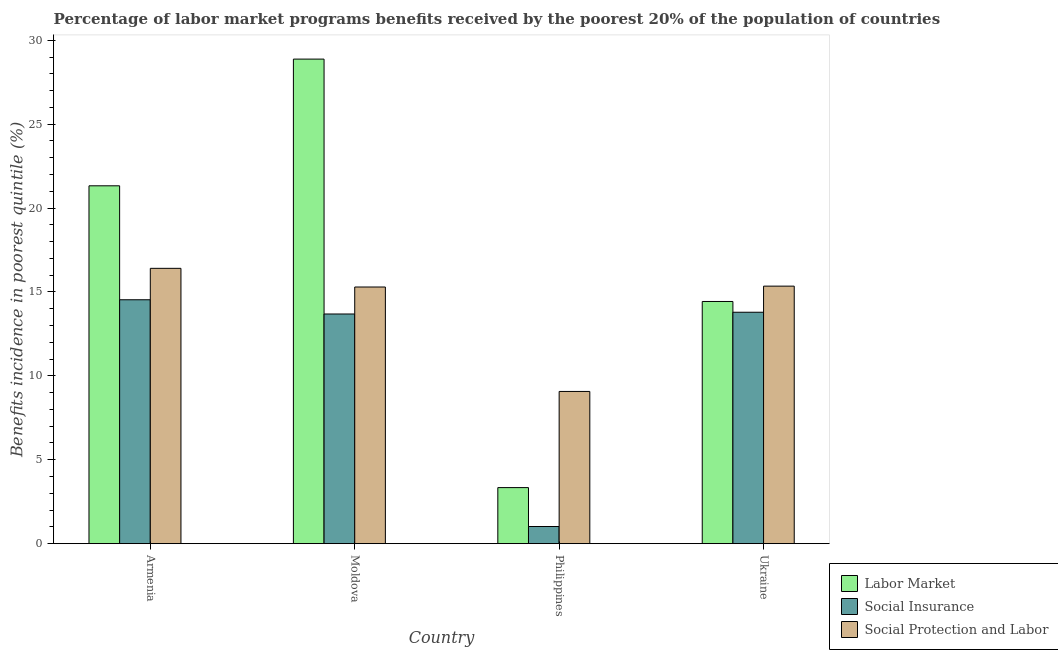
| Country | Labor Market | Social Insurance | Social Protection and Labor |
 | --- | --- | --- | --- |
 | Armenia | 21.3 | 14.5 | 16.4 |
 | Moldova | 28.9 | 13.7 | 15.3 |
 | Philippines | 3.34 | 1.02 | 9.07 |
 | Ukraine | 14.4 | 13.8 | 15.3 |